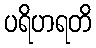
ပရိဟရတိ